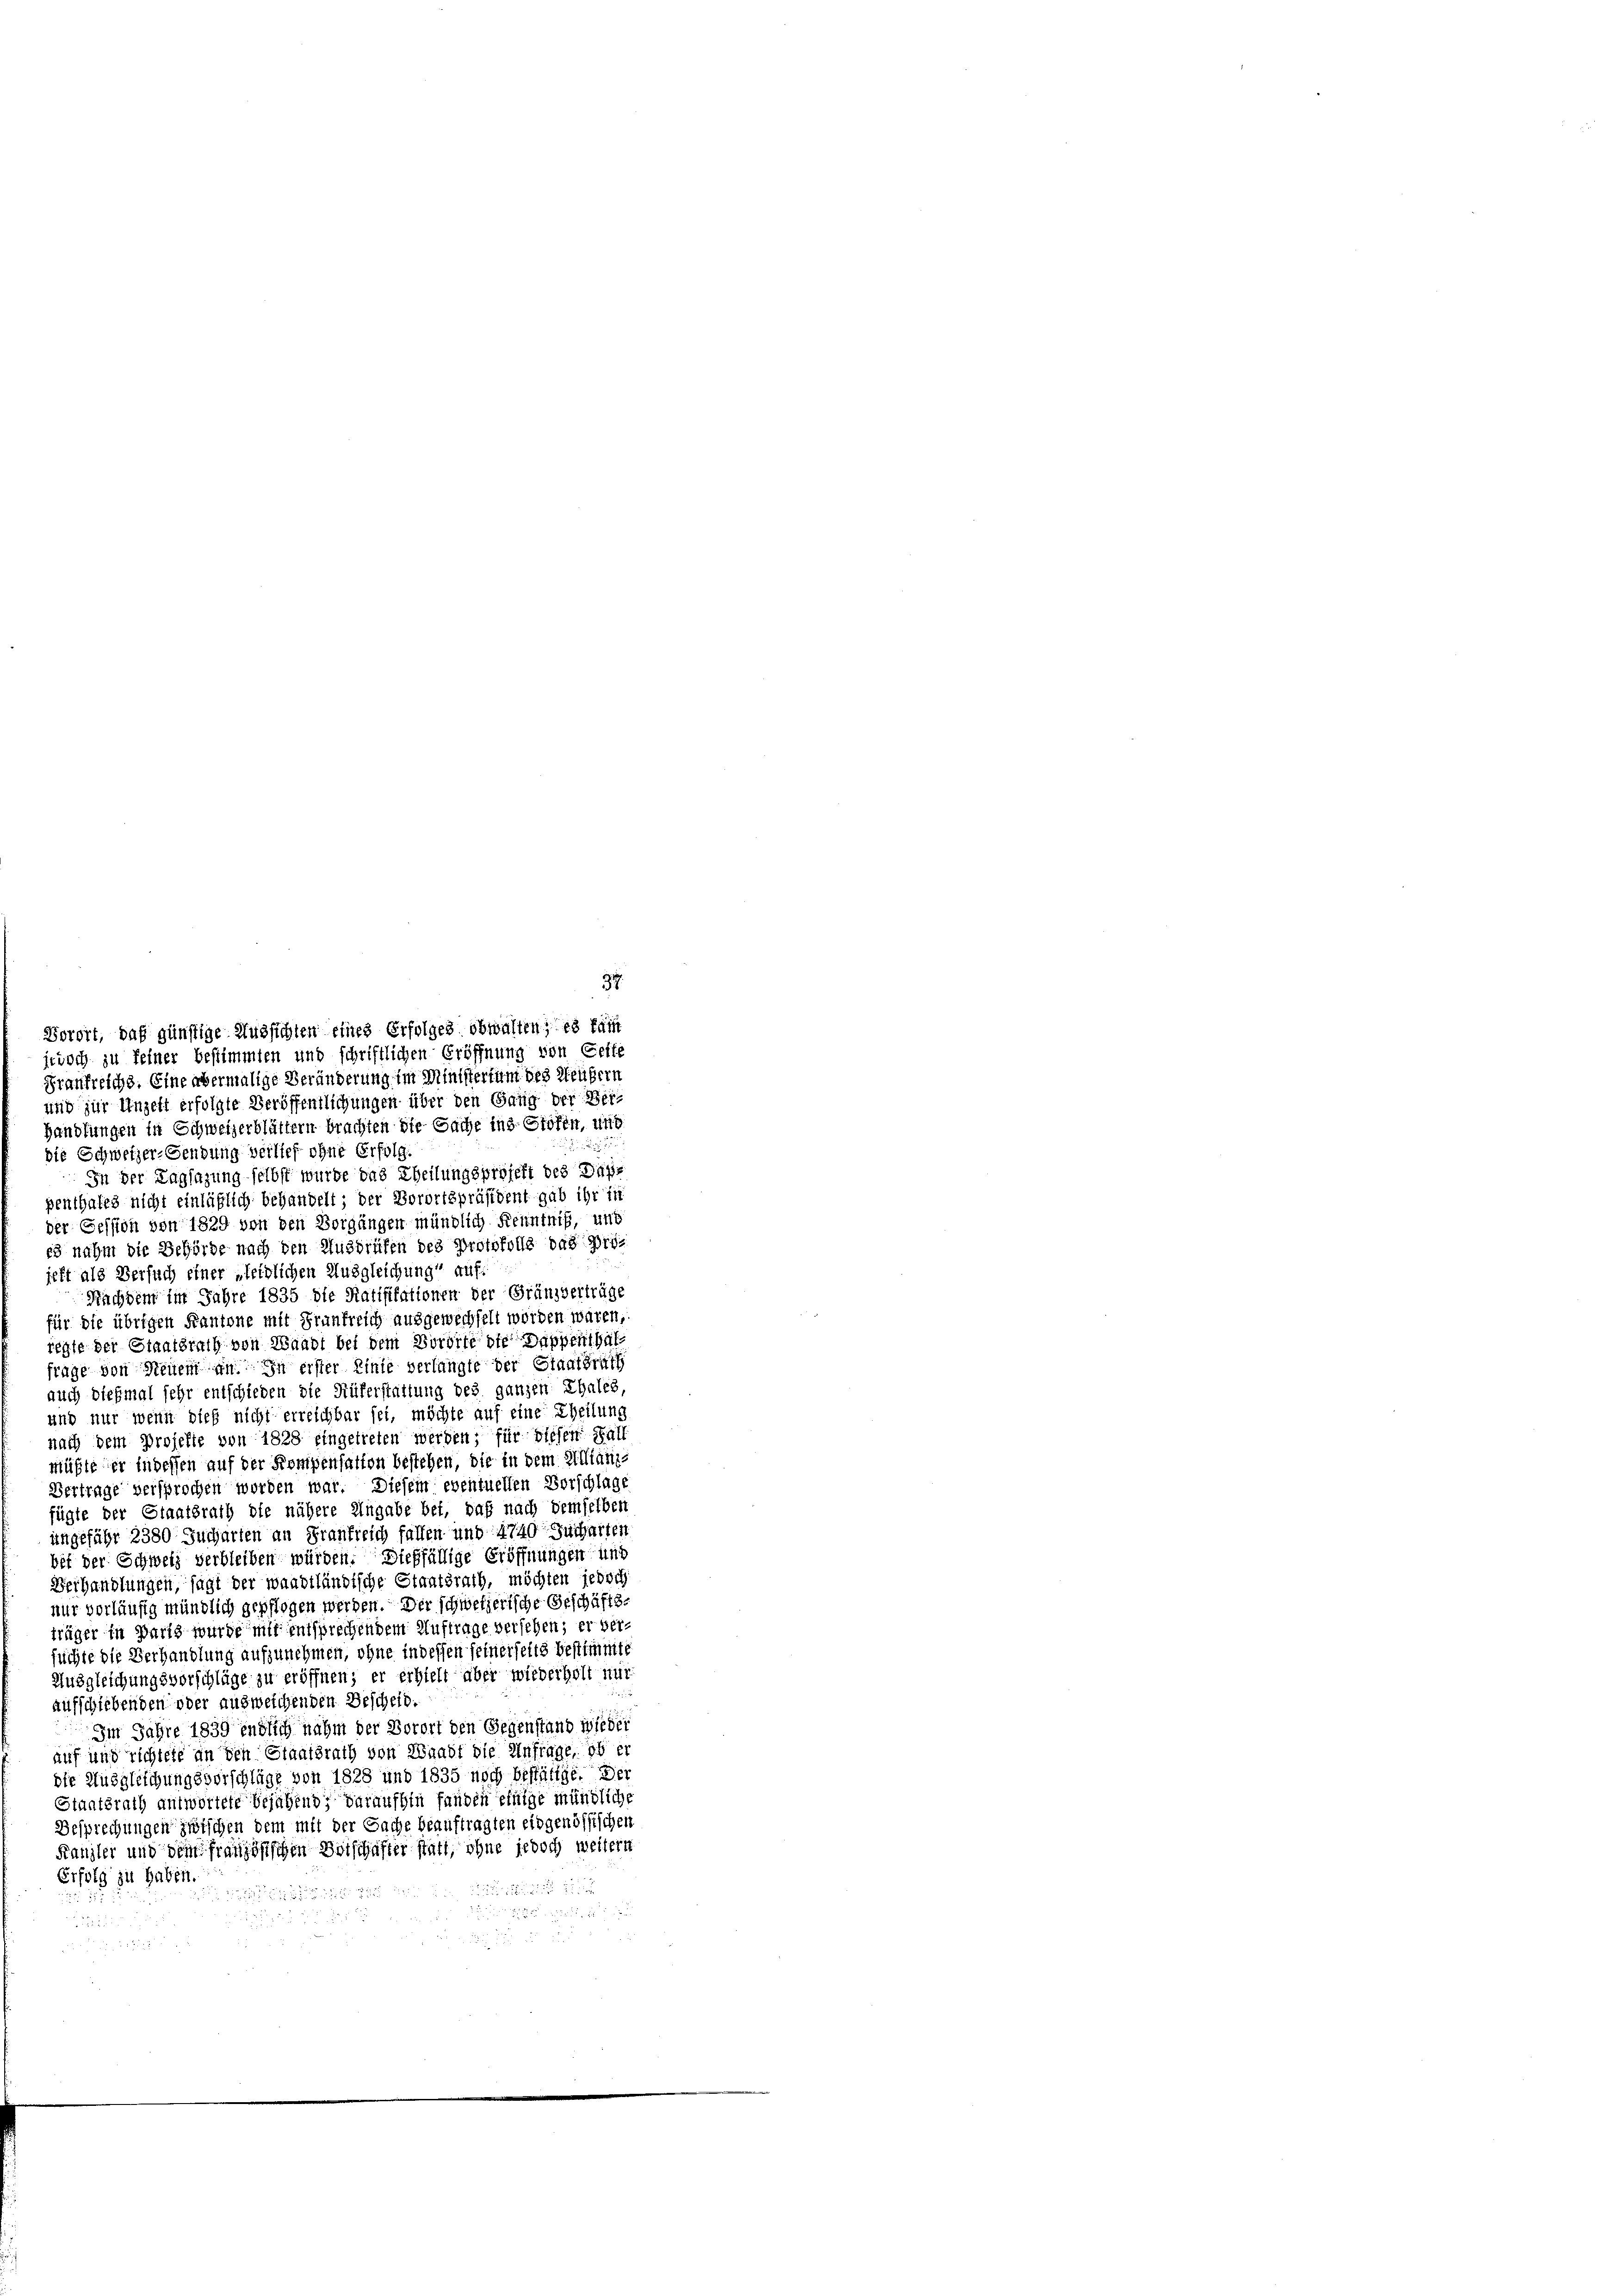
Vorort, daß günstige Aussichten eines Erfolges obwalten; es fai
jevoch zu feiner bestimmten und schriftlichen Eröffnung von Gelte
Draufreichs. Eine übermalige Veränderung im Ministertum des Meubern
und zur Ungeht erfolgte Veröffentlichungen über den Gang der Beri
Handlungen in Schweizerblättern brachten die Sache ins Stofen, und
die Schweizer-Gendung verlief ohne Erfolg.
In der Tagsazung selbst wurde das Theilungsprojekt des Dass
penthales nicht einläßlich behandelt; der Vorortspräsident gab ihr in
der Cession von 1829 von den Vorgängen mündlich Kenntniß, und
es nahm die Behörde nach den Ausdrüfen des Protokolls das Projett als Versuch einer „leidlichen Ausgleichung“ auf
Nachdem im Jahre 1835 die Ratifikationen der Gränzverträge
für die übrigen Kantone mit Frankreich ausgewechselt worden wären,
fegte der Staatsrath von Waadt bei dem Vorditeste Dappenthalfrage von Steuer an. In erster Linie verlangte der Staatsrath
auch dießmal sehr entschieden die Rüferstattung des ganzen Chales,
und nur wenn dieß nicht erreichbar sei, möchte auf eine Theilung
nach dem Projekte von 1828 eingetreten werden; für diesen Fall
Müßte der indessen auf der Kompensation bestehen, die in dem Alltanze
Vertrage versprochen worden war. Diesem eventuellen Vorschlage
fügte der Staatsrath die nähere Angabe bet, daß nach demselben
ungefähr 2380 Jucharten an Frankreich fallen und 4740 Jucharten
bei der Schweiz verbleiben würden. Dießfällige Eröffnungen und
Berhandlungen, sagt der waadtländische Staatsrath, möchten jedoch
nur vorläufig mündlich gepflogen werden. Der schweizerische Geschäftsträger in Parts wurde mit entsprechendem Auftrage versehen; er versüchte die Verhandlung aufzunehmen, ohne indessen seinerseits bestimmte
Ausgleichungsvorschläge zu eröffnen; er erhielt aber wiederholt nur
aufschiebenden oder ausweichenden Bescheid.
Im Jahre 1839 endlich nahm der Vorort den Gegenstand wieder
auf und richtete an den Staatsrath von Waadt die Anfrage, ob er
die Ausgleichungsvorschläge von 1828 und 1835 noch bestätige. Der
Staatsrath antwortete Bejahend, daraufhin fanden einige mündliche
Besprechungen zwischen dem mit der Sache beauftragten eidgenössischen
Kanzler und dem französischen Beischafter statt, ohne jedoch weitere
Erfolg zu haben.

7

2
a

37
.